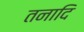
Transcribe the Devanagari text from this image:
तनादि